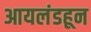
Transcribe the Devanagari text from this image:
आयलंडहून